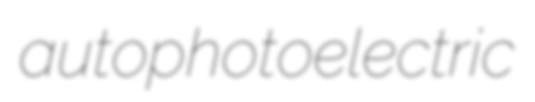
autophotoelectric